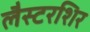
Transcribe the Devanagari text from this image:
लैस्टरशिर